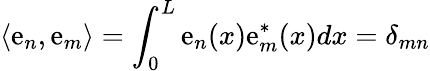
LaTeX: \langle\mathrm{e}_{n},\mathrm{e}_{m}\rangle=\int_{0}^{L}\mathrm{e}_{n}(x)\mathrm{e}_{m}^{*}(x)dx=\delta_{mn}